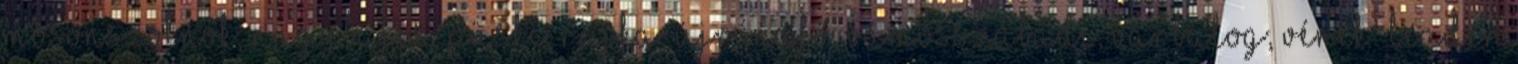
Mosonszolnok, Nagybajcs, Püski, Rajka, Újrónafő, Vámosszabadi, Várbalog, Vének ▪LEADER